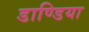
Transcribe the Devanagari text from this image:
डाण्डिया